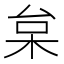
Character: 枲